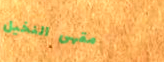
مقهى النخيل